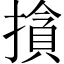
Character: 𰔣